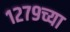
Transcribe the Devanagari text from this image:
१२७९च्या